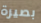
بصيرة